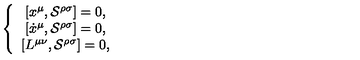
\left\{ \begin{array} { c } { \left[ x ^ { \mu } , \mathcal { S } ^ { \rho \sigma } \right] = 0 , } \\ { \left[ \dot { x } ^ { \mu } , \mathcal { S ^ { \rho \sigma } } \right] = 0 , } \\ { \left[ L ^ { \mu \nu } , \mathcal { S ^ { \rho \sigma } } \right] = 0 , } \\ \end{array} \right.